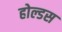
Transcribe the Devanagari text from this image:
होल्डस